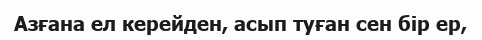
Азғана ел керейден, асып туған сен бір ер,